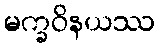
မက္ခဝိနယဿ